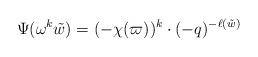
LaTeX: \begin{align*} \Psi(\omega^k \tilde{w}) = (-\chi(\varpi))^k \cdot (-q)^{-\ell(\tilde{w})}\end{align*}